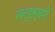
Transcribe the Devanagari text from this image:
सलुस्बरी